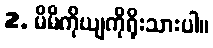
2. မိမိကိုယျကိုရိုးသားပါ။